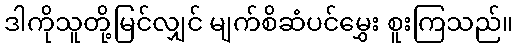
ဒါကိုသူတို့မြင်လျှင် မျက်စိဆံပင်မွှေး စူးကြသည်။